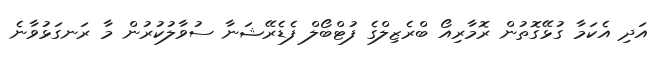
އަދި އެކަމާ ގުޅޭގޮތުން ރޮމާރިއޯ ބްރެޒިލްގެ ފުޓްބޯލް ފެޑެރޭޝަނާ ސުވާލުކުރުން މާ ރަނގަޅުވާނެ